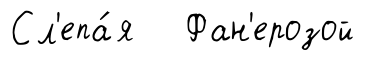
Сл'епа́я Фан'ерозой